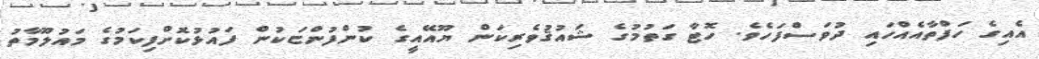
އެއިގެ ހަފްތާއެއްހައި ދުވަސްފަހެވެ. ހޮޓާ ގަތުމުގެ ޝައުޤުވެރިކަން ޔޫއޭއީގެ ކުންފުންޏަކުން ފައުޅުކޮށްފިކަމުގެ މައުލޫމާތު